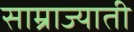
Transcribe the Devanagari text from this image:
साम्राज्याती